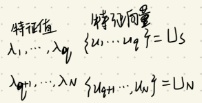
特征值 $\lambda_1, \cdots, \lambda_q$
特征向量 $\{u_1, \cdots, u_q\} = U_S$
$\lambda_{q + 1}, \cdots, \lambda_N$ $\{u_{q+1}, \cdots, u_N\} = U_N$